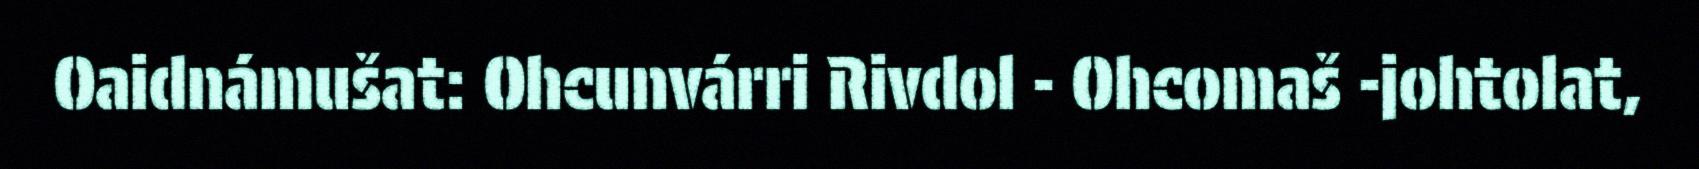
Oaidnámušat: Ohcunvárri Rivdol - Ohcomaš -johtolat,